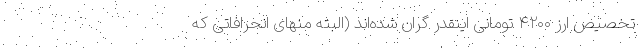
تخصیص ارز ۴۲۰۰ تومانی اینقدر گران شده‌اند (البته منهای انحرافاتی که